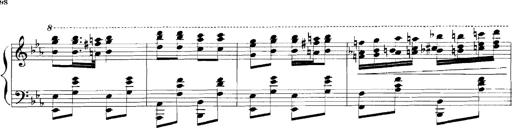
Title: Rhapsodies hongroises
Composer: Franz Liszt